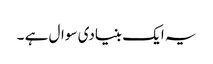
یہ ایک بنیادی سوال ہے ۔